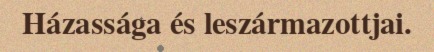
Házassága és leszármazottjai.